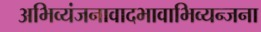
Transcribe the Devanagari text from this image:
अभिव्यंजनावादभावाभिव्यन्जना